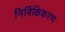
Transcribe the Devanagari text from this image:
निर्बिक्षिकरण